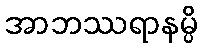
အာဘဿရာနမ္ပိ